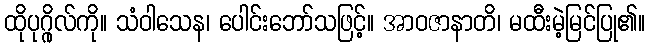
ထိုပုဂ္ဂိုလ်ကို။ သံဝါသေန၊ ပေါင်းဘော်သဖြင့်။ အာဝဇာနာတိ၊ မထီးမဲ့မြင်ပြု၏။